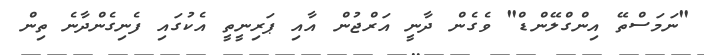
"ނަމަސްތޭ އިންގްލޭންޑް" ވެގެން ދާނީ އަރްޖުން އާއި ޕަރިނީތީ އެކުގައި ފެނިގެންދާނެ ތިން